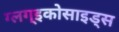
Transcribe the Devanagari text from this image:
ग्लग्इकोसाइड्स